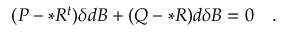
( P - * R ^ { t } ) \delta d B + ( Q - * R ) d \delta B = 0 \quad .